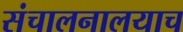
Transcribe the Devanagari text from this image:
संचालनालयाच